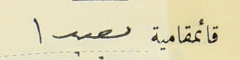
قائمقامية بعبدا